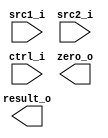
// Author:

module ALU(
    src1_i,
    src2_i,
    ctrl_i,
    result_o,
    zero_o
    );

//I/O ports
input  [32-1:0]  src1_i;
input  [32-1:0]	 src2_i;
input  [4-1:0]   ctrl_i;

output [32-1:0]	 result_o;
output           zero_o;

//Internal signals
reg    [32-1:0]  result_o;
wire             zero_o;

endmodule